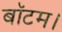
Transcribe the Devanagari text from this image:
बॉटम।